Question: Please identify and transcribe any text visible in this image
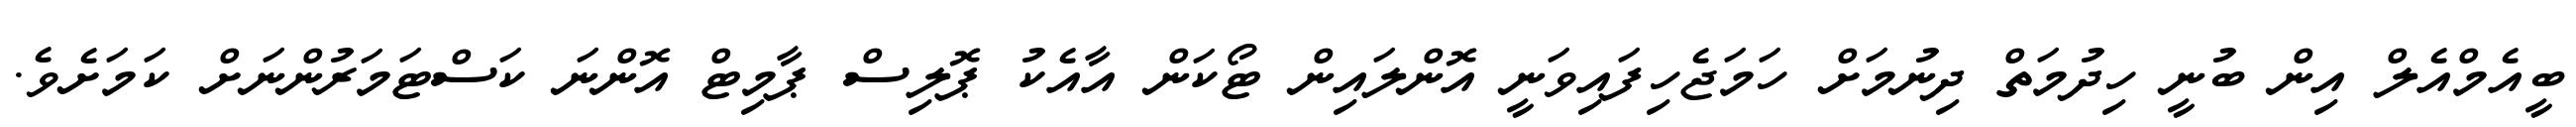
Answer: ބީއެމްއެލް އިން ބުނީ ހިދުމަތް ދިނުމަށް ހަމަޖެހިފައިވަނީ އޮންލައިން ޓޯކަން އާއެކު ޕޮލިސް ޕާމިޓް އޮންނަ ކަސްޓަމަރުންނަށް ކަމަށެވެ.